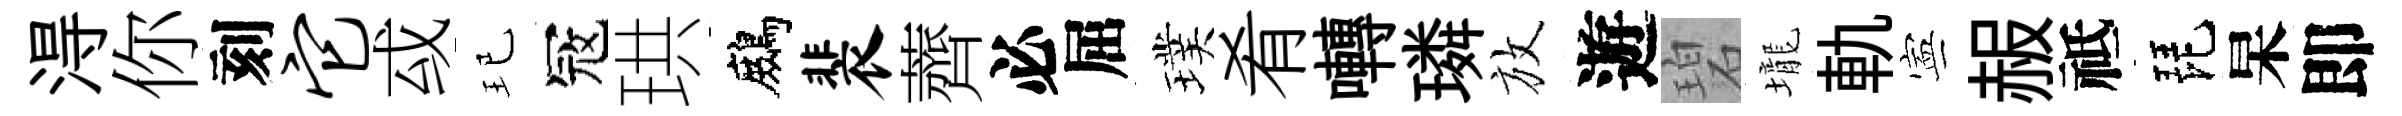
淂你刻它㦯玘冦珙鷓裴薺必屈璞肴囀璘放遊碧壠軌寕赧祗琵杲即